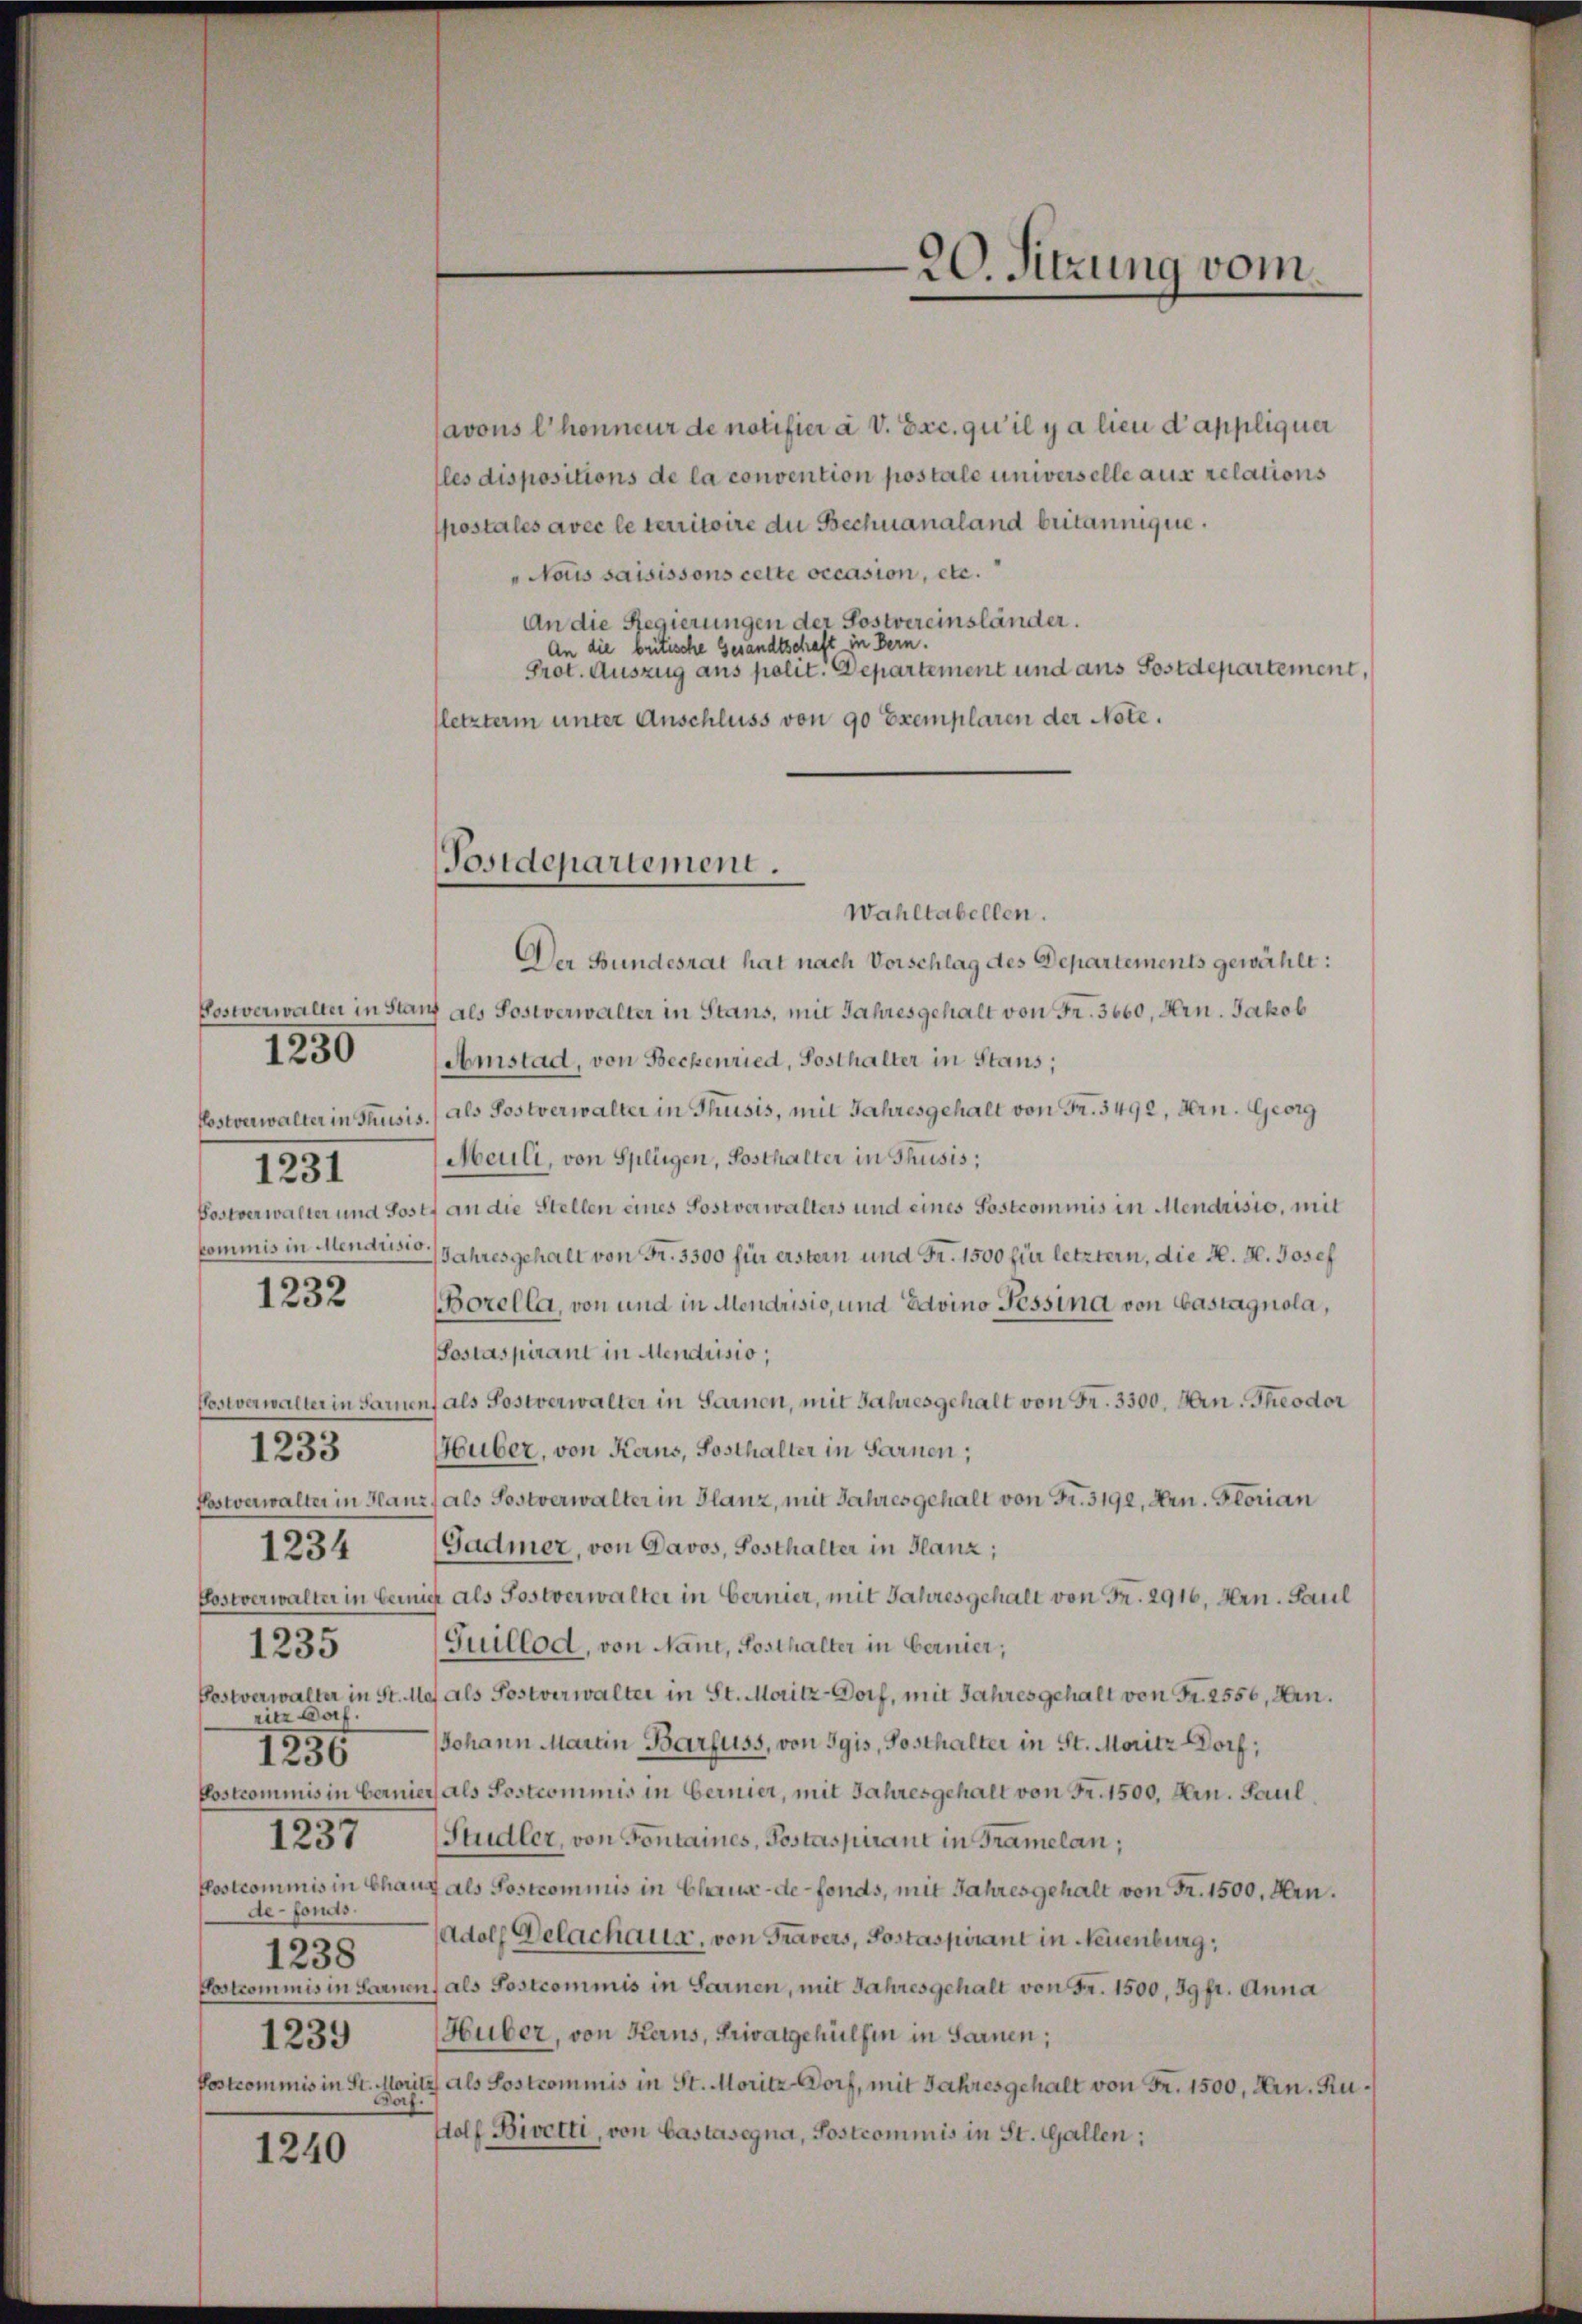
Postverwalter in Thusis.
1231

1250

1232

ritz Dorf.
1256
1237
de-Fonds.
1238
1239

1233

1234

1235

1240

Javous l’honneur de notifier a v. Exc. qu’il y a lieu d’appliquer
(les dispositions de la convention postale universelle aus relations
postales avec le territoire du Bechnanaland britannique.
" Nous saisissons cette occasion, etc.
An die Regierungen der Postvereinsländer.
An die beitesche Gesandtschaft in Bern.
Prot. Auszug aus polit. Departement und aus Postdepartement,
(letzterm unter Anschluss von 90 Exemplaren der Note.

Postdepartement.

20. Sitzung vom

Wahltabellen.
Der Bundesrat hat nach Vorschlag des Departements gewählt:
Postverwalter in Stanz als Postverwalter in Stans, mit Jahresgehalt von Fr. 3660, Arn. Jakob
Amstad, von Beckenried, Sosthalter in Staus;
als Postverwalter in Thusis, mit Jahresgehalt von Fr. 3492, Arn. Georg
Meuli, von Splügen, Posthalter in Thusis;
Postverwalter und Josef an die Stellen eines Postverwalters und eines Sostcommis in Mendrisio, mit
kommis in Mendristo Jahresgehalt von Fr. 3300 für erstern und Fr. 1500 für letztern, die H. H. Josef
(Borella, von und in Mendrisio, und Edvino Tessind von Castagnola,
Soslaspirant in Mendrisio;
Postverwalter in Sarnen, als Sostverwalter in Sarnen, mit Jahresgehalt von Fr. 3300. Hrn. Theodor
Huber, von Kerns, Sosthalter in Sarnen;
Postverwalter in Hanz, als Postverwalter in Glanz, mit Jahres gehalt von Fr. 3192, Hrn. Glorian
Gadmer, von Davos, Posthalter in Glanz;
Postverwalter in berich als Sostverwalter in Cernier, mit Jahresgehalt von Fr. 2916, Hrn. Paul
Guillod, von Nant, Posthalter in bernier,
Postverwalter in St. Maj als Postverwalter in St. Moritz Dorf, mit Jahresgehalt von Fr. 2556, Arn.
Johann Martin Barfuss, von Sgis, Posthalter in St. Moritz Dorf,
Postcommis in bernier als Postcommis in bernier, mit Jahresgehalt von Fr. 1500, Hrn. Paul,
Studler, von Fontaines, Postaspirant in Tramelan;
Postcommis in Chaux als Postcommis in Chaux-de-Fonds, mit Jahresgehalt von Fr. 1500. Arn.
Adolf Gelachaus, von Travers, Postaspirant in Neuenburg,
Postrommnis in Sarnen, als Postcommis in Sarnen, mit Jahresgehalt von Fr. 1500, 39 fr. Anna
Huber, von Kerns, Privatgehülfen in Sarnen;
Postcommis in St. Moritz als Sostcommis in St. Moritz Dorf, mit Jahresgehalt von Fr. 1500, Arn. Ru¬
Porf.
Holf Bivetti, von Castasegna, Postcommis in St. Gallen: